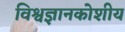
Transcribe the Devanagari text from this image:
विश्वज्ञानकोशीय